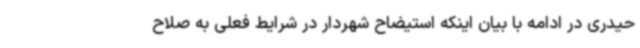
حیدری در ادامه با بیان اینکه استیضاح شهردار در شرایط فعلی به صلاح